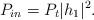
LaTeX: \begin{align*} P_{in} = P_t |h_1|^2.\end{align*}